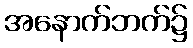
အနောက်ဘက်၌